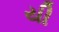
યી